Problem: 18 + 20 = ?
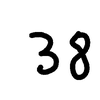
Handwritten answer: 38